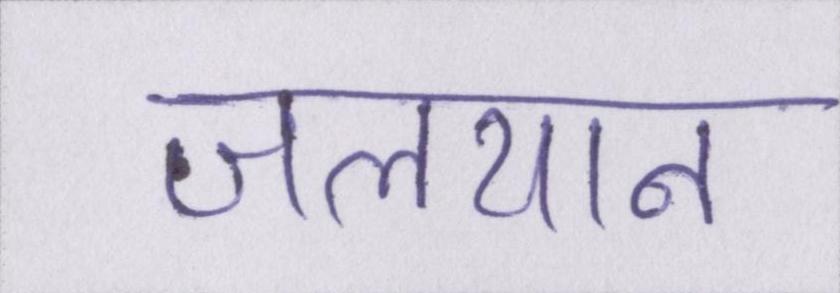
जलयान